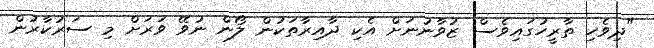
"ދިވެހި ތާރީހުގައިވެސް ޒުވާނުނަށް އެކި ދާއިރާތަކުން ލޯން ނުވޭ ވަރަށް މި ސަރުކާރުން